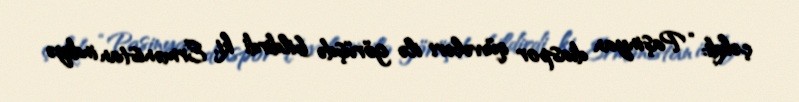
çəkdi: “Paşinyan diaspor qüvvələri ilə görüşdə bildirdi ki, Ermənistan indiyə